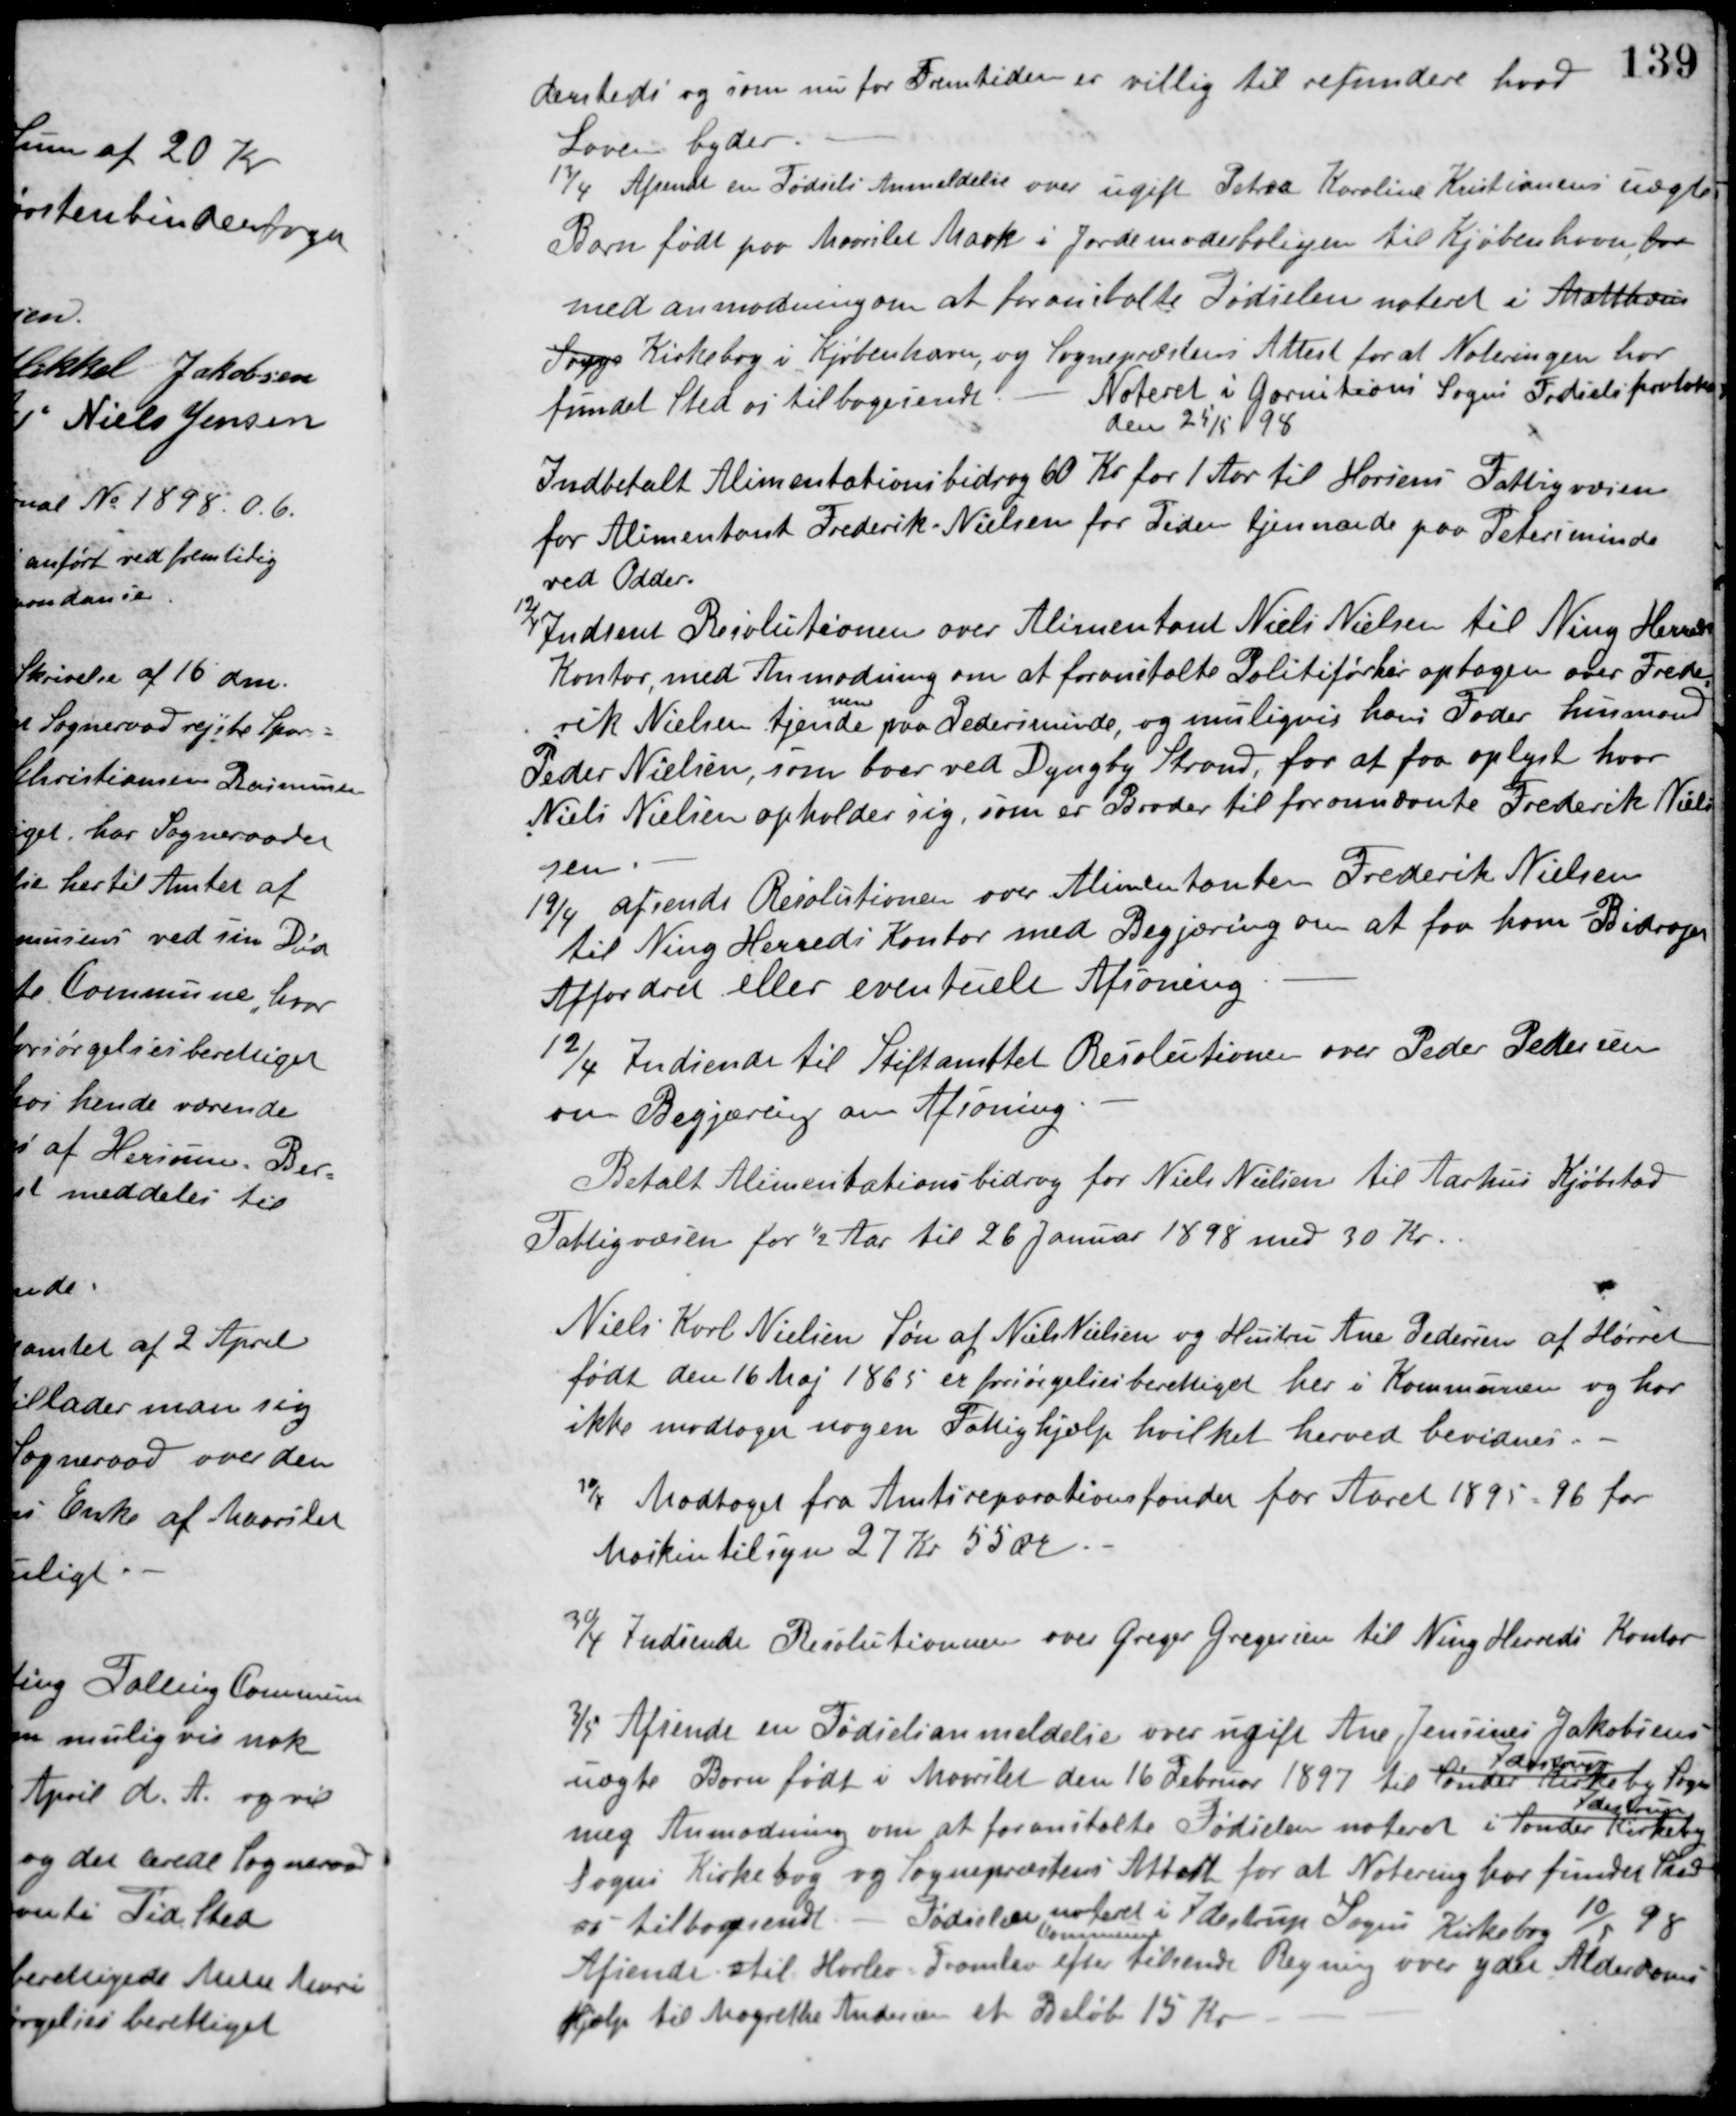
Transskription:
dersteds og som nu for Fremtiden er villig til refundere hvad
Loven byder.
13/4 Afsendt en Fødsels Anmeldelse over ugifte Petra Karoline Kristiansens uægte
Barn født paa Maarslet Mark i Jordemoderboligen til Kjøbenhavn, for
med anmodning om at foranstalte Fødselen noteret i Mattheus
Sogns Kirkebog i Kjøbenhavn, og Sognepræstens Attest for at Noteringen har
fundet Sted os tilbagesendt. -
Noteret i Garnitions Sogns Fødselsprotokol
den 25/5 98.
Indbetalt Alimentationsbidrag 60 Kr. for 1 Aar til Horsens Fattigvæsen
for Alimentant Frederik Nielsen for Tiden tjenende paa Petersminde
ved Odder.
12/4 Indsent Resolutionen over Alimentant Niels Nielsen til Ning Herreds
Kontor, med Anmodning om at foranstalte Politiforhør optagen over Frede-
rik Nielsen tjende
nen
paa Pedersminde, og muligvis hans Fader husmand
Peder Nielsen, som boer ved Dyngby Strand, for at faa oplyst hvor
Niels Nielsen opholder sig, som er Broder til forannævnte Frederik Niel-
sen.
19/4 afsendt Resolutionen over Alimentanten Frederik Nielsen
til Ning Herreds Kontor med Begjæring om at faa ham Bidrag
Affordret eller eventuelt Afsoning.
12/4 Indsendt til Stiftamtet Resolutionen over Peder Pedersen
om Begjæring om Afsoning.
Betalt Alimentationsbidrag for Niels Nielsen til Aarhus Kjøbstad
Fattigvæsen for ½ Aar til 26 Januar 1898 med 30 Kr.
Niels Karl Nielsen Søn af Niels Nielsen og Hustru Ane Pedersen af Hørret
født den 16 Maj 1865 er forsørgelsesberettiget her i Kommunen og har
ikke modtager nogen Fattighjælp hvilket herved bevidnes.
30/4 Modtaget fra Amtsreparationsfonden for Aaret 1895-96 for
Maskintilsyn 27 Kr. 55 Øre.
30/4 Indsendt Resolutionen over Greger Gregersen til Ning Herreds Kontor
3/5 Afsendt en Fødselsanmeldelse over ugift Ane Jensines Jakobsens
uægte Barn født i Maarslet den 16 Februar 1897 til Sønder Kirkeby
Idestrup
Sogn
meg Anmodning om at foranstalte Fødselen noteret i Sønder Kirkeby
Idestrup
Sogns Kirkebog og Sognepræstens Attest for at Notering har fundet sted
os tilbagesendt. - Fødselen noteret i Idestrup Sogns Kirkebog 10/4 98
Afsendt stil Harlev-Framlev
Kommune
efter tilsendt Regning over ydet Alderdoms
Hjælp til Magrethe Andersen et Beløb 15 Kr.